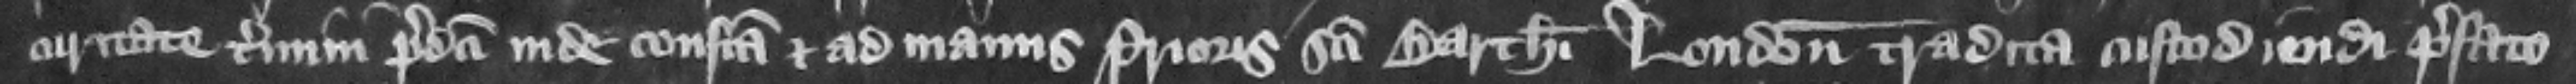
curitate termini predicti inde confecta et ad manus Prioris Sancti Bartholomei London tradita custodienda prefato